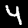
Digit: 4